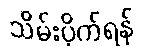
သိမ်းပိုက်ရန်